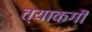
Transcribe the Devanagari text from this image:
त्याकगी